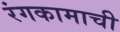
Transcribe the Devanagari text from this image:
रंगकामाची